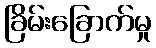
ခြိမ်းခြောက်မှု